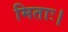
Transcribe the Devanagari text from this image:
मिताः।